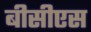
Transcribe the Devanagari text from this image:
बीसीएस